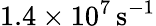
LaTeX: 1.4\times 10^{7}\, \mathrm{s^{-1}}